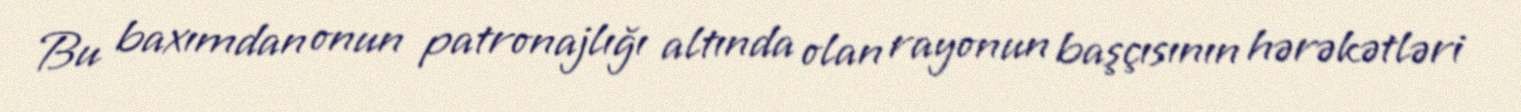
Bu baxımdan onun patronajlığı altında olan rayonun başçısının hərəkətləri